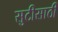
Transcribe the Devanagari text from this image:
सुटीसाठी